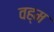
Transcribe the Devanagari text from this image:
वह्म